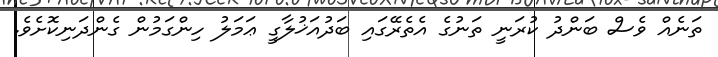
ތަނެއް ވެސް ބަންދު ކުރަނީ ތަނުގެ އެތެރޭގައި ބަދުއަޚުލާގީ ޢަމަލު ހިންގަމުން ގެންދަނިކޮށެވެ.